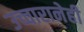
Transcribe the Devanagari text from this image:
उच्चारानेही